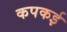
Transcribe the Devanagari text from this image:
कपकई